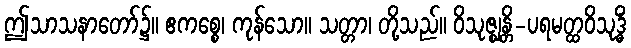
ဤသာသနာတော်၌။ ဧကစ္စေ၊ ကုန်သော။ သတ္တာ၊ တို့သည်။ ဝိသုဇ္ဈန္တိ-ပရမတ္ထဝိသုဒ္ဓိံ